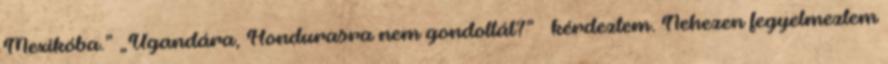
Mexikóba.” „Ugandára, Hondurasra nem gondoltál?” – kérdeztem. Nehezen fegyelmeztem